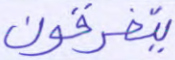
يتفرقون